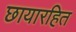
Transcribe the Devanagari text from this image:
छायारहित